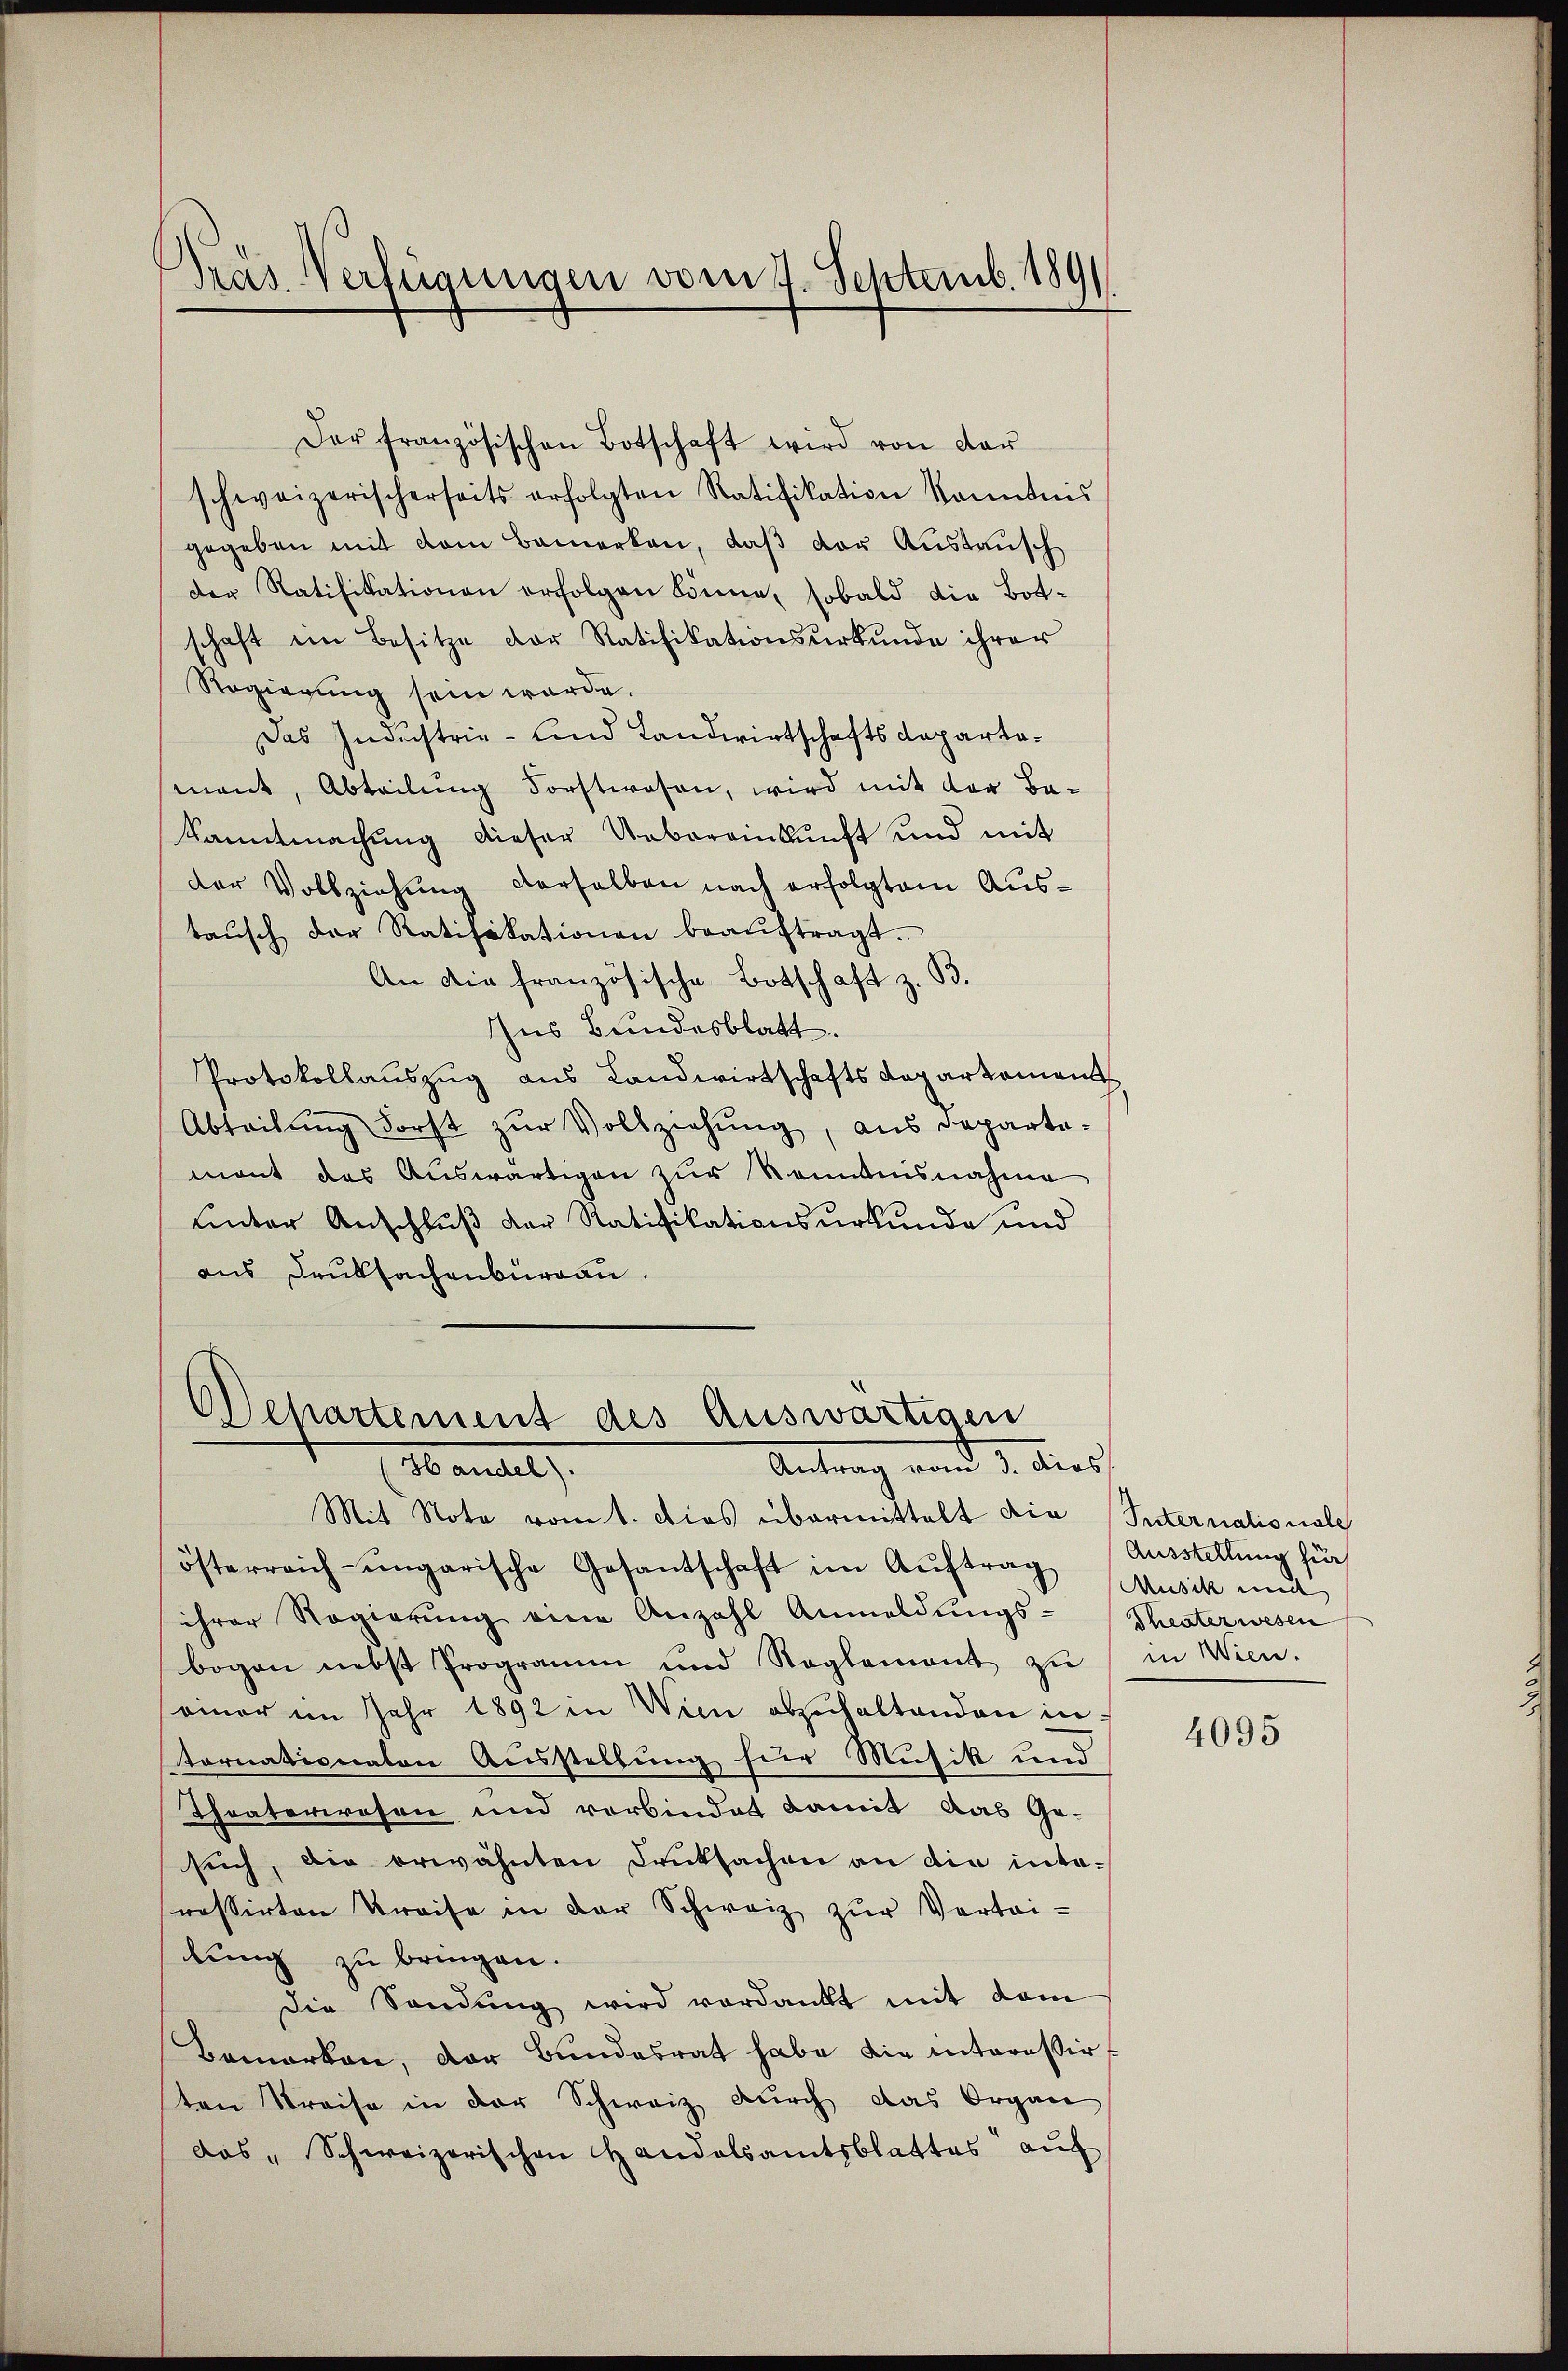
Präs. Verfügungen vom 4. Septemb. 189

Der französischen Botschaft wird von der
schweizerischerseits erfolgten Ratifikation kanntnis
gegeben mit dem Bemerken, daß der Austausch
der Ratifikationen erfolgen könne, sobald die Botschaft ein Besitze der Ratifikationsurkunde ihrer
Regierung sein werde.
Das Industrie- und Landwirtschaftsdepartemant, Abteilung Forstwesen, wird mit der Ba¬
Sanntmachung dieser Uebereinkunft und mit
der Vollziehung derselben nach erfolgtem Austaŭsch der Ratifikationen beaŭftragt.
An die französische Botschaft z. B.
Ins Bundesblatt.
Protokollauszug aus Landwirtschafts Caparkoment
Abteilŭng Forst zŭr Vollziehung, aus departemant das Auswärtigen zur Kenntnisnahme
unter Anschluß der Ratifikationsurkunde und
aus Druksachenburgau.

Departement des Auswärtigen
Antrag vom 3. dies
Se andelt,

Mit Note vom 1. Dies übermittelt die
österreich-ungarische Gesantschaft im Aŭftrag
ihrer Regierŭng eine Anzahl Anmeldŭngs-
bogen nebst Programm und Reglement zu in Wien.
einer im Jahr 1892 in Wien abzuhaltenden in
tornationaten Ausstellung für Musik und
Theaterwesen und verbindet damit das Ge-
such, die erwähnten Drucksachen an die inta-
rassirten Kreise in der Schweiz zŭr Vertri-
lung zu bringen.
die Sandŭng wird verdankt mit dem
Bemerken, der Bundesrat habe die interessirten Kreise in der Schweiz durch das Organ
das „Schweizerischen Handelsamtsblattes aŭf

Internationale
Ausstellung für
Musik mit
Theater wesen

4095